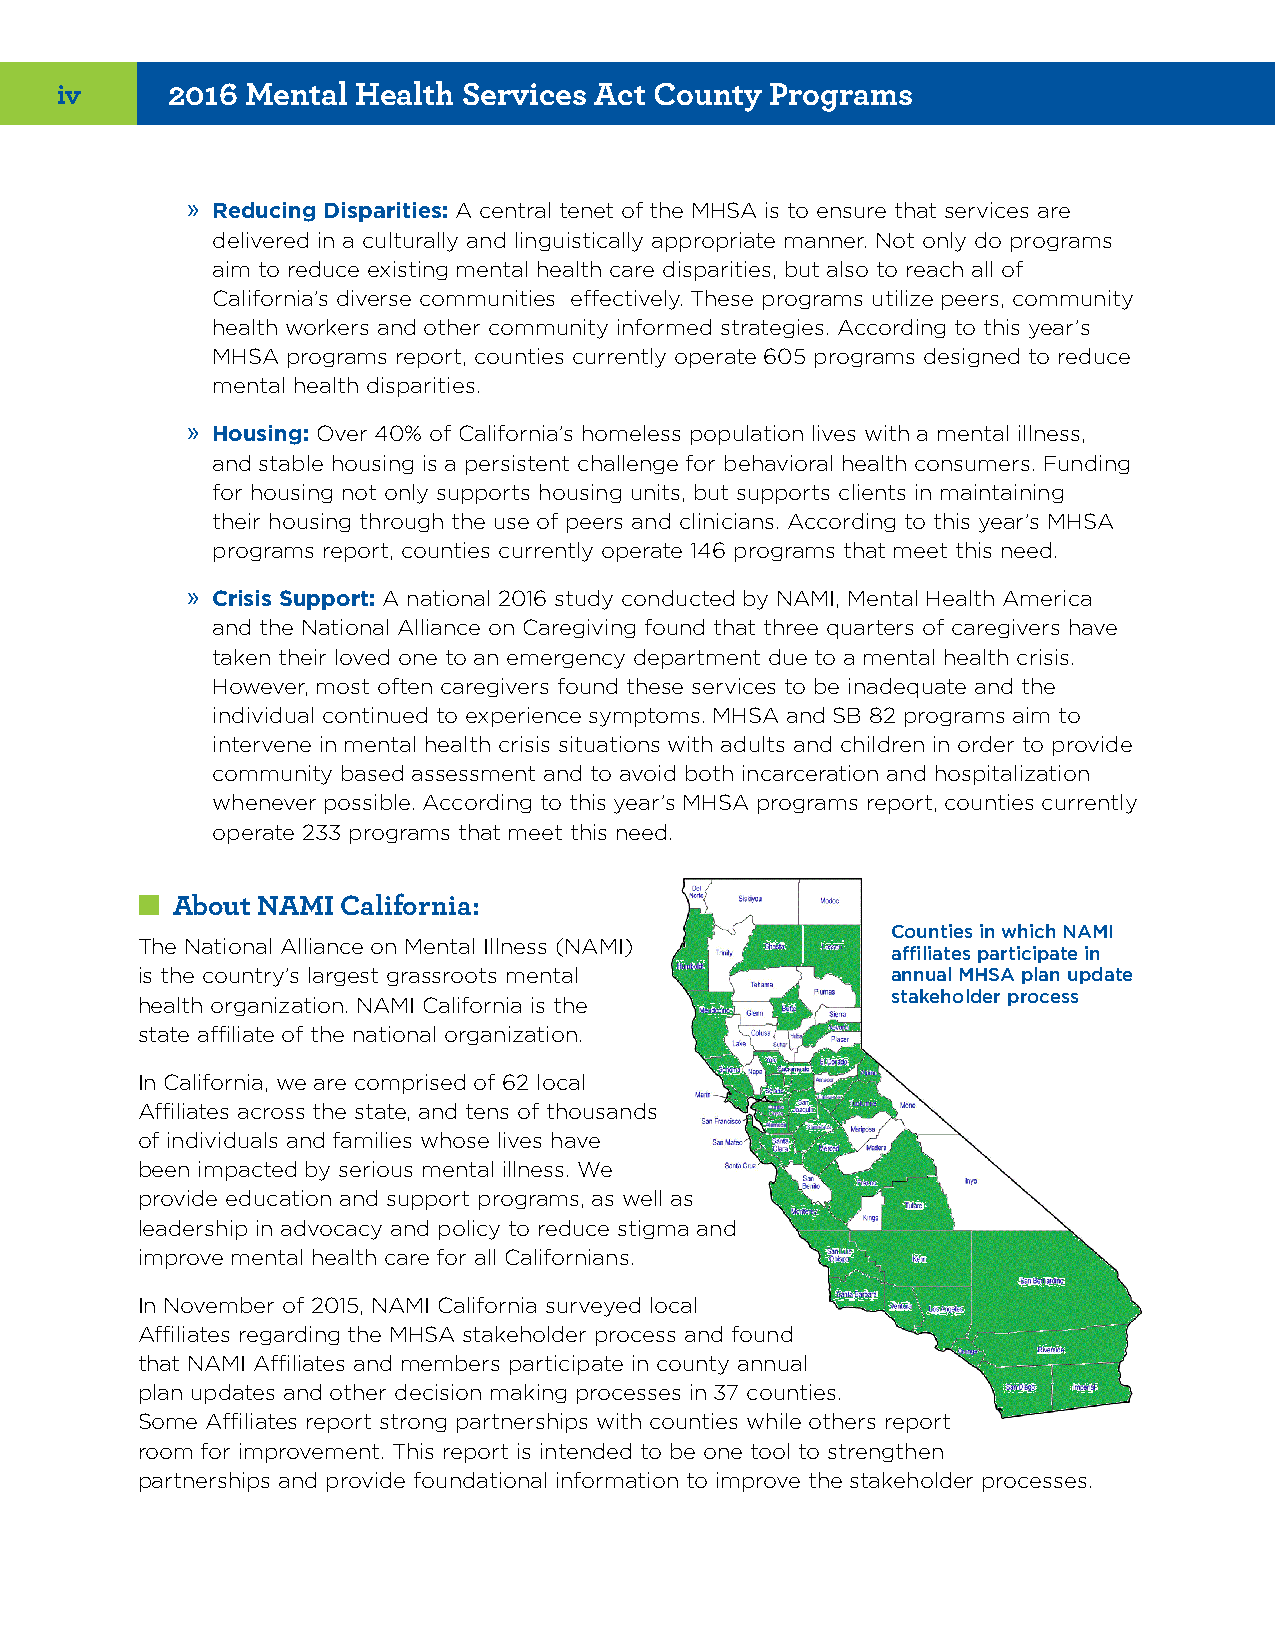
iv     2016 Mental  Health Services Act County Programs
 » Reducing Disparities: A central tenet of the MHSA is to ensure that services are
 delivered in a culturally and linguistically appropriate manner. Not only do programs
 aim to reduce existing mental health care disparities, but also to reach all of
 California’s diverse communities effectively. These programs utilize peers, community
 health workers and other community informed strategies. According to this year’s
 MHSA programs report, counties currently operate 605 programs designed to reduce
 mental health disparities.
 » Housing: Over 40% of California’s homeless population lives with a mental illness,
 and stable housing is a persistent challenge for behavioral health consumers. Funding
 for housing not only supports housing units, but supports clients in maintaining
 their housing through the use of peers and clinicians. According to this year’s MHSA
 programs report, counties currently operate 146 programs that meet this need.
 » Crisis Support: A national 2016 study conducted by NAMI, Mental Health America
 and the National Alliance on Caregiving found that three quarters of caregivers have
 taken their loved one to an emergency department due to a mental health crisis.
 However, most often caregivers found these services to be inadequate and the
 individual continued to experience symptoms. MHSA and SB 82 programs aim to
 intervene in mental health crisis situations with adults and children in order to provide
 community based assessment and to avoid both incarceration and hospitalization
 whenever possible. According to this year’s MHSA programs report, counties currently
 operate 233 programs that meet this need.
 ■■About NAMI  California:
 Counties in which NAMI
 The National Alliance on Mental Illness (NAMI)
 affiliates participate in
 is the country’s largest grassroots mental        annual MHSA plan update
 stakeholder process
 health organization. NAMI California is the
 state affiliate of the national organization.
 In California, we are comprised of 62 local
 Affiliates across the state, and tens of thousands
 of individuals and families whose lives have
 been impacted by serious mental illness. We
 provide education and support programs, as well as
 leadership in advocacy and policy to reduce stigma and
 improve mental health care for all Californians.
 In November of 2015, NAMI California surveyed local
 Affiliates regarding the MHSA stakeholder process and found
 that NAMI Affiliates and members participate in county annual
 plan updates and other decision making processes in 37 counties.
 Some Affiliates report strong partnerships with counties while others report
 room for improvement. This report is intended to be one tool to strengthen
 partnerships and provide foundational information to improve the stakeholder processes.